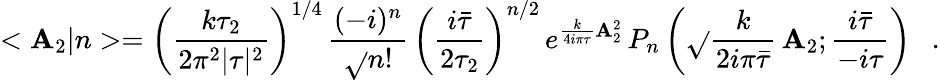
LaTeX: <\mathbf{A}_{2}|n>=\left(\frac{{k\tau_{2}}}{{2\pi^{2}|\tau|^{2}}}\right)^{1/4}\, \frac{{(-i)^{n}}}{{\sqrt{}{{n!}}}}\, \left(\frac{{i\bar{{\tau}}}}{{2\tau_{2}}}\right)^{n/2}\, e^{\frac{{k}}{{4i\pi\tau}}\mathbf{A}_{2}^{2}}\, P_{n}\left(\sqrt{}{{\frac{{k}}{{2i\pi\bar{{\tau}}}}}}\, \mathbf{A}_{2};\frac{{i\bar{{\tau}}}}{{-i\tau}}\right)\ \ \ .